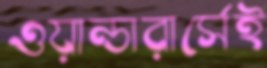
ওয়ান্ডারার্সেই